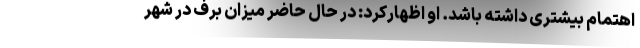
اهتمام بیشتری داشته باشد. او اظهارکرد: در حال حاضر میزان برف در شهر